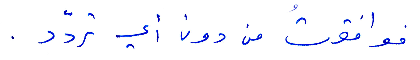
فوافقت من دون أي تردّد.